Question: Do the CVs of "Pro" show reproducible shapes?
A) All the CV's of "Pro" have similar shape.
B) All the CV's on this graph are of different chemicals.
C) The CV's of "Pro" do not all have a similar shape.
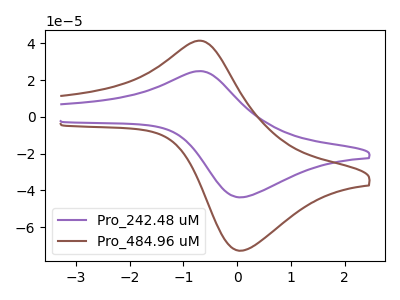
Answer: <think>The purple curve "Pro_242.48 uM" has an anodic peak at (-0.75V, 24.85uA) and a cathodic peak at (0.10V, -43.70uA). The brown curve "Pro_484.96 uM" has an anodic peak at (-0.75V, 41.35uA) and a cathodic peak at (0.10V, -72.70uA).
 All the peaks in "Pro_242.48 uM" have a peak in "Pro_484.96 uM" at the same potential. Every peak in "Pro_242.48 uM" is lower than every peak in "Pro_484.96 uM".</think>
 <answer>A) All the CV's of "Pro" have similar shape.</answer>
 <eval>A</eval>